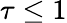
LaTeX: \tau\leq 1